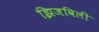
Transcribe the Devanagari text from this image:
झिजविली